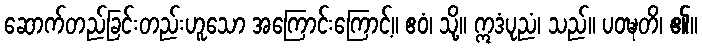
ဆောက်တည်ခြင်းတည်းဟူသော အကြောင်းကြောင့်။ ဧဝံ၊ သို့။ ဣဒံပုညံ၊ သည်။ ပဝဍ္ဎတိ၊ ၏။